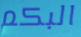
البكم